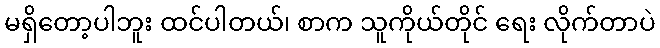
မရှိတော့ပါဘူး ထင်ပါတယ်၊ စာက သူကိုယ်တိုင် ရေး လိုက်တာပဲ